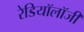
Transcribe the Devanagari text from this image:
रेडियॉलॉजी